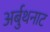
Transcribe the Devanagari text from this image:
अर्बुथनाट